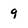
Character: 9